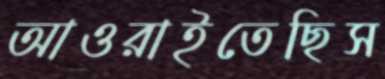
আওরাইতেছিস